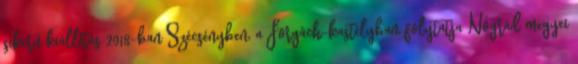
sikerű kiállítás 2018-ban Szécsényben, a Forgách-kastélyban folytatja Nógrád megyei